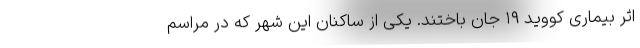
اثر بیماری کووید ۱۹ جان باختند. یکی از ساکنان این شهر که در مراسم